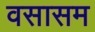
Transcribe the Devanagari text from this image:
वसासम